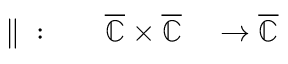
\begin{array} { r l r l } { { } \parallel { } : } & { { } } & { { \overline { { \mathbb { C } } } } \times { \overline { { \mathbb { C } } } } } & { { } \to { \overline { { \mathbb { C } } } } } \end{array}